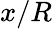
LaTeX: x/R